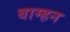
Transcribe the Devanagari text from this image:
बाम्हन